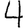
Digit: 4